Report of an investigation into the causes of the diseases known in Assam as Kála-Azár and Beri-Beri
Disease focus: Beri-Beri
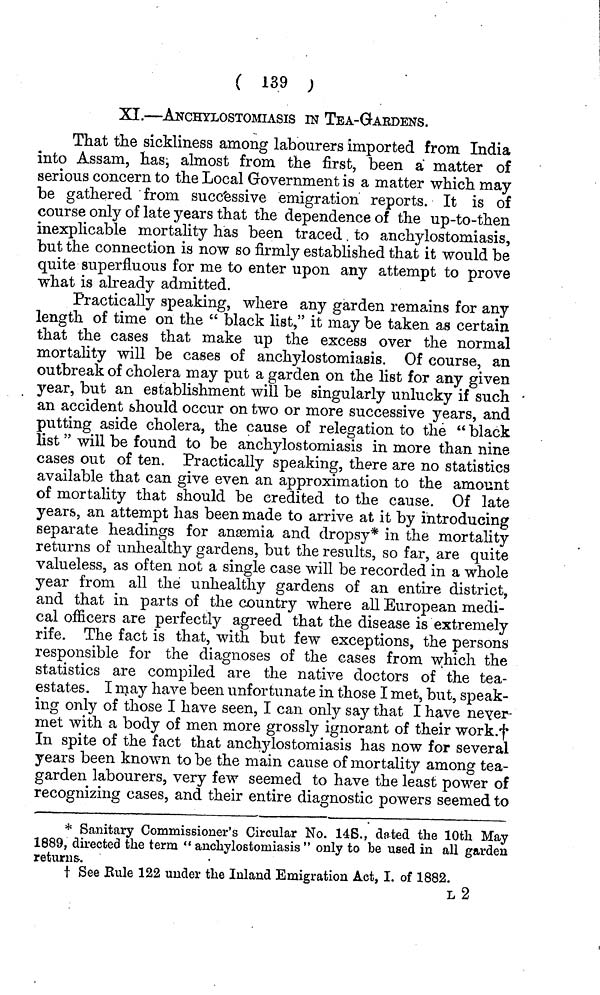
( 139 ;
XI.—ANCHYLOSTOMIASIS IN TEA-GARDENS.
That the sickliness among labourers imported from India
into Assam, has, almost from the first, been a matter of
serious concern to the Local Government is a matter which may
be gathered from successive emigration reports. It is of
course only of late years that the dependence of the up-to-then
inexplicable mortality has been traced to anchylostomiasis,
but the connection is now so firmly established that it would be
quite superfluous for me to enter upon any attempt to prove
what is already admitted.
Practically speaking, where any garden remains for any
length of time on the " black list," it may be taken as certain
that the cases that make up the excess over the normal
mortality will be cases of anchylostomiasis. Of course, an
outbreak of cholera may put a garden on the list for any given
year, but an establishment will be singularly unlucky if such
an accident should occur on two or more successive years, and
putting aside cholera, the cause of relegation to the " black
list " will be found to be anchylostomiasis in more than nine
cases out of ten. Practically speaking, there are no statistics
available that can give even an approximation to the amount
of mortality that should be credited to the cause. Of late
years, an attempt has been made to arrive at it by introducing
separate headings for aneemia and dropsy* in the mortality
returns of unhealthy gardens, but the results, so far, are quite
valueless, as often not a single case will be recorded in a whole
year from all the unhealthy gardens of an entire district,
and that in parts of the country where all European medi-
cal officers are perfectly agreed that the disease is extremely
rife. The fact is that, with but few exceptions, the persons
responsible for the diagnoses of the cases from which the
statistics are compiled are the native doctors of the tea-
estates. I njay have been unfortunate in those I met, but, speak-
ing only of those I have seen, I can only say that I have never-
met with a body of men more grossly ignorant of their work.*f*
In spite of the fact that anchylostomiasis has now for several
years been known to be the main cause of mortality among tea-
garden labourers, very few seemed to have the least power of
recognizing cases, and their entire diagnostic powers seemed to
* Sanitary Commissioner's Circular No. 14S., dated the 10th May
1889, directed the term " anchylostomiasis " only to be used in all garden
returns.
t See Eule 122 under the Inland Emigration Act, I. of 1882.
L2